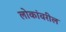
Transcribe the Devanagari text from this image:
लोकांवरील